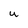
Character: u